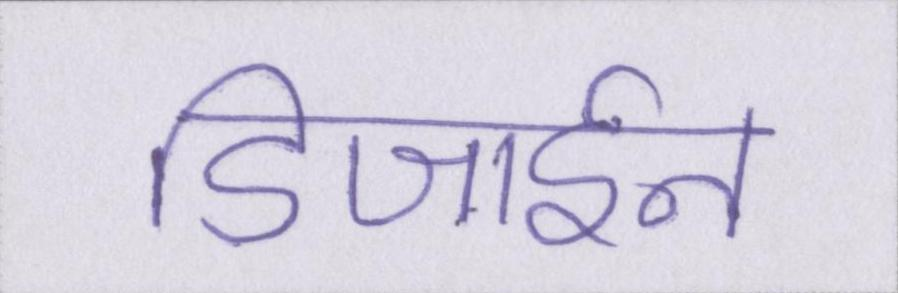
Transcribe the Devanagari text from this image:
डिजाईन